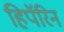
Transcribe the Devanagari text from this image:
हिपॅरिन